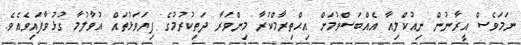
ނަމަވެސް އީރާނުން ނިއުކްލިއާ އެއްބަސްވުމަށް އިޙްތިރާމްކުރާ މިންވަރާ ދަތިކުރުމުގެ ފިޔަވަޅުތައް އުވާލުމާ ގުޅުވާފައިވެއެވެ.